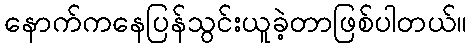
နောက်ကနေပြန်သွင်းယူခဲ့တာဖြစ်ပါတယ်။